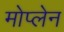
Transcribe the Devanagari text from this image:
मोप्लेन